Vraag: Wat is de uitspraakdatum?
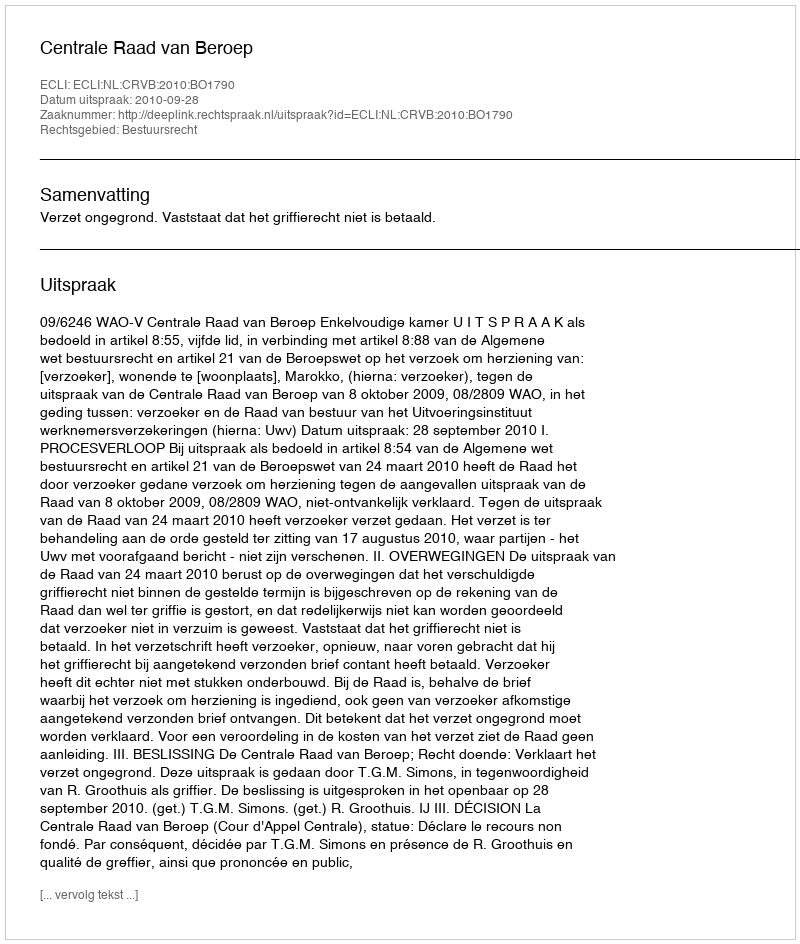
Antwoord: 2010-09-28